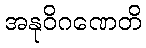
အနုဝိဂဏေတိ